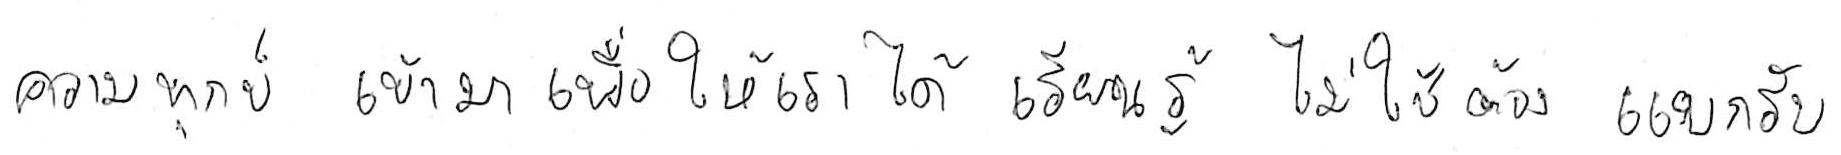
ความทุกข์ เข้ามาเพื่อให้เราได้ เรียนรู้ ไม่ใช่ต้อง แบกรับ